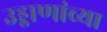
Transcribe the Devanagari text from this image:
उड्डाणांच्या